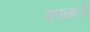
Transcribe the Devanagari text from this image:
शणागती